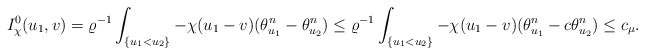
\begin{align*}I^0_\chi(u_1, v)=\varrho^{-1}\int_{\{u_1<u_2\}} -\chi (u_1-v)(\theta_{u_1}^n-\theta_{u_2}^n)\leq\varrho^{-1}\int_{\{u_1<u_2\}} -\chi (u_1-v)(\theta_{u_1}^n-c\theta_{u_2}^n)\leq c_{\mu}.\end{align*}